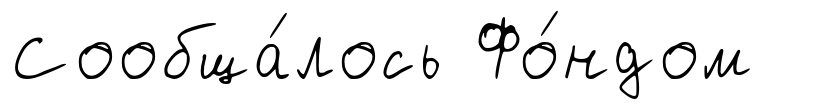
Сообща́лось Фо́ндом